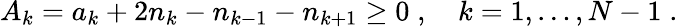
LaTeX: A_{k}=a_{k}+2n_{k}-n_{k-1}-n_{k+1}\geq 0\; ,\quad k=1,\ldots,N-1\; .